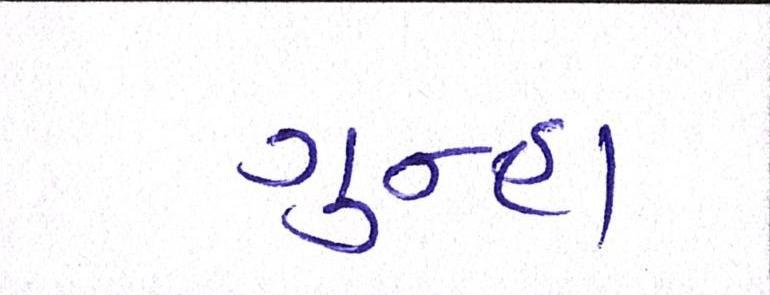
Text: ગુન્હા